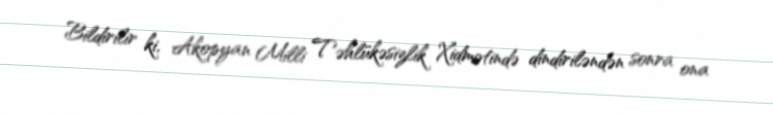
Bildirilir ki, Akopyan Milli Təhlükəsizlik Xidmətində dindiriləndən sonra ona